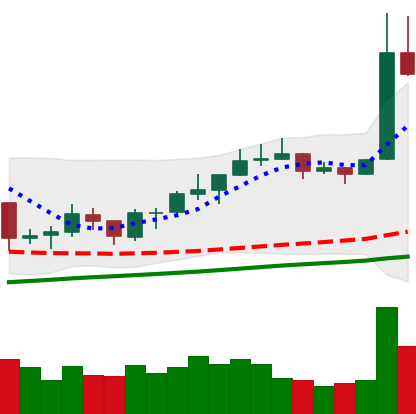
Ticker: NEO-USD
Chart end date: 2019-06-23
Forward return: 8.126%
Label: up_7plus